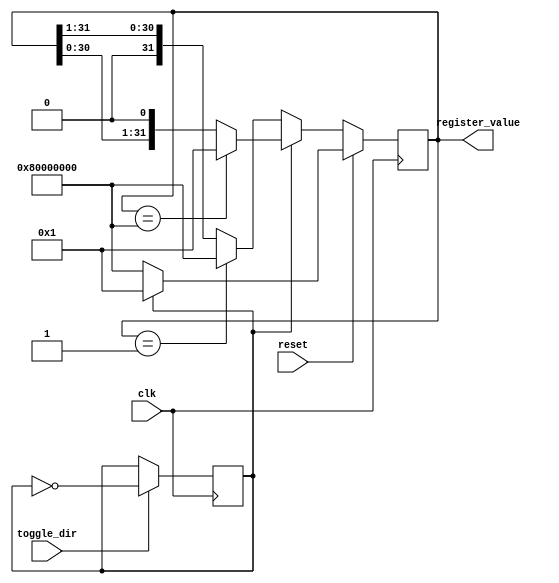
module shift_register #(parameter width=32) (input clk, input toggle_dir, input reset, output reg [width-1:0] register_value);

	reg dir = 0;

	//always @(posedge toggle_dir) // this would probably be the correct way,
	//byt it causes errors within the design flow...
	//begin
	//	dir <= ~dir;
	//end

	always @(posedge clk)
	begin
		if(reset)
			if(dir)
				register_value = { {width-1{1'b0}}, 1 };		// 1 at lowest position
			else
				register_value = { 1, {width-1{1'b0}} };		// 1 at highest position
		else
			if(dir)
				if(register_value == { 1, {width-1{1'b0}} })
					register_value = { {width-1{1'b0}}, 1 };
				else
					register_value = (register_value << 1);

			else
				if(register_value == { {width-1{1'b0}}, 1 })
					register_value = { 1, {width-1{1'b0}} };
				else
					register_value = (register_value >> 1);

		if(toggle_dir) // ... so use this as an albeit not very good alternative
			dir=~dir;
	end
endmodule